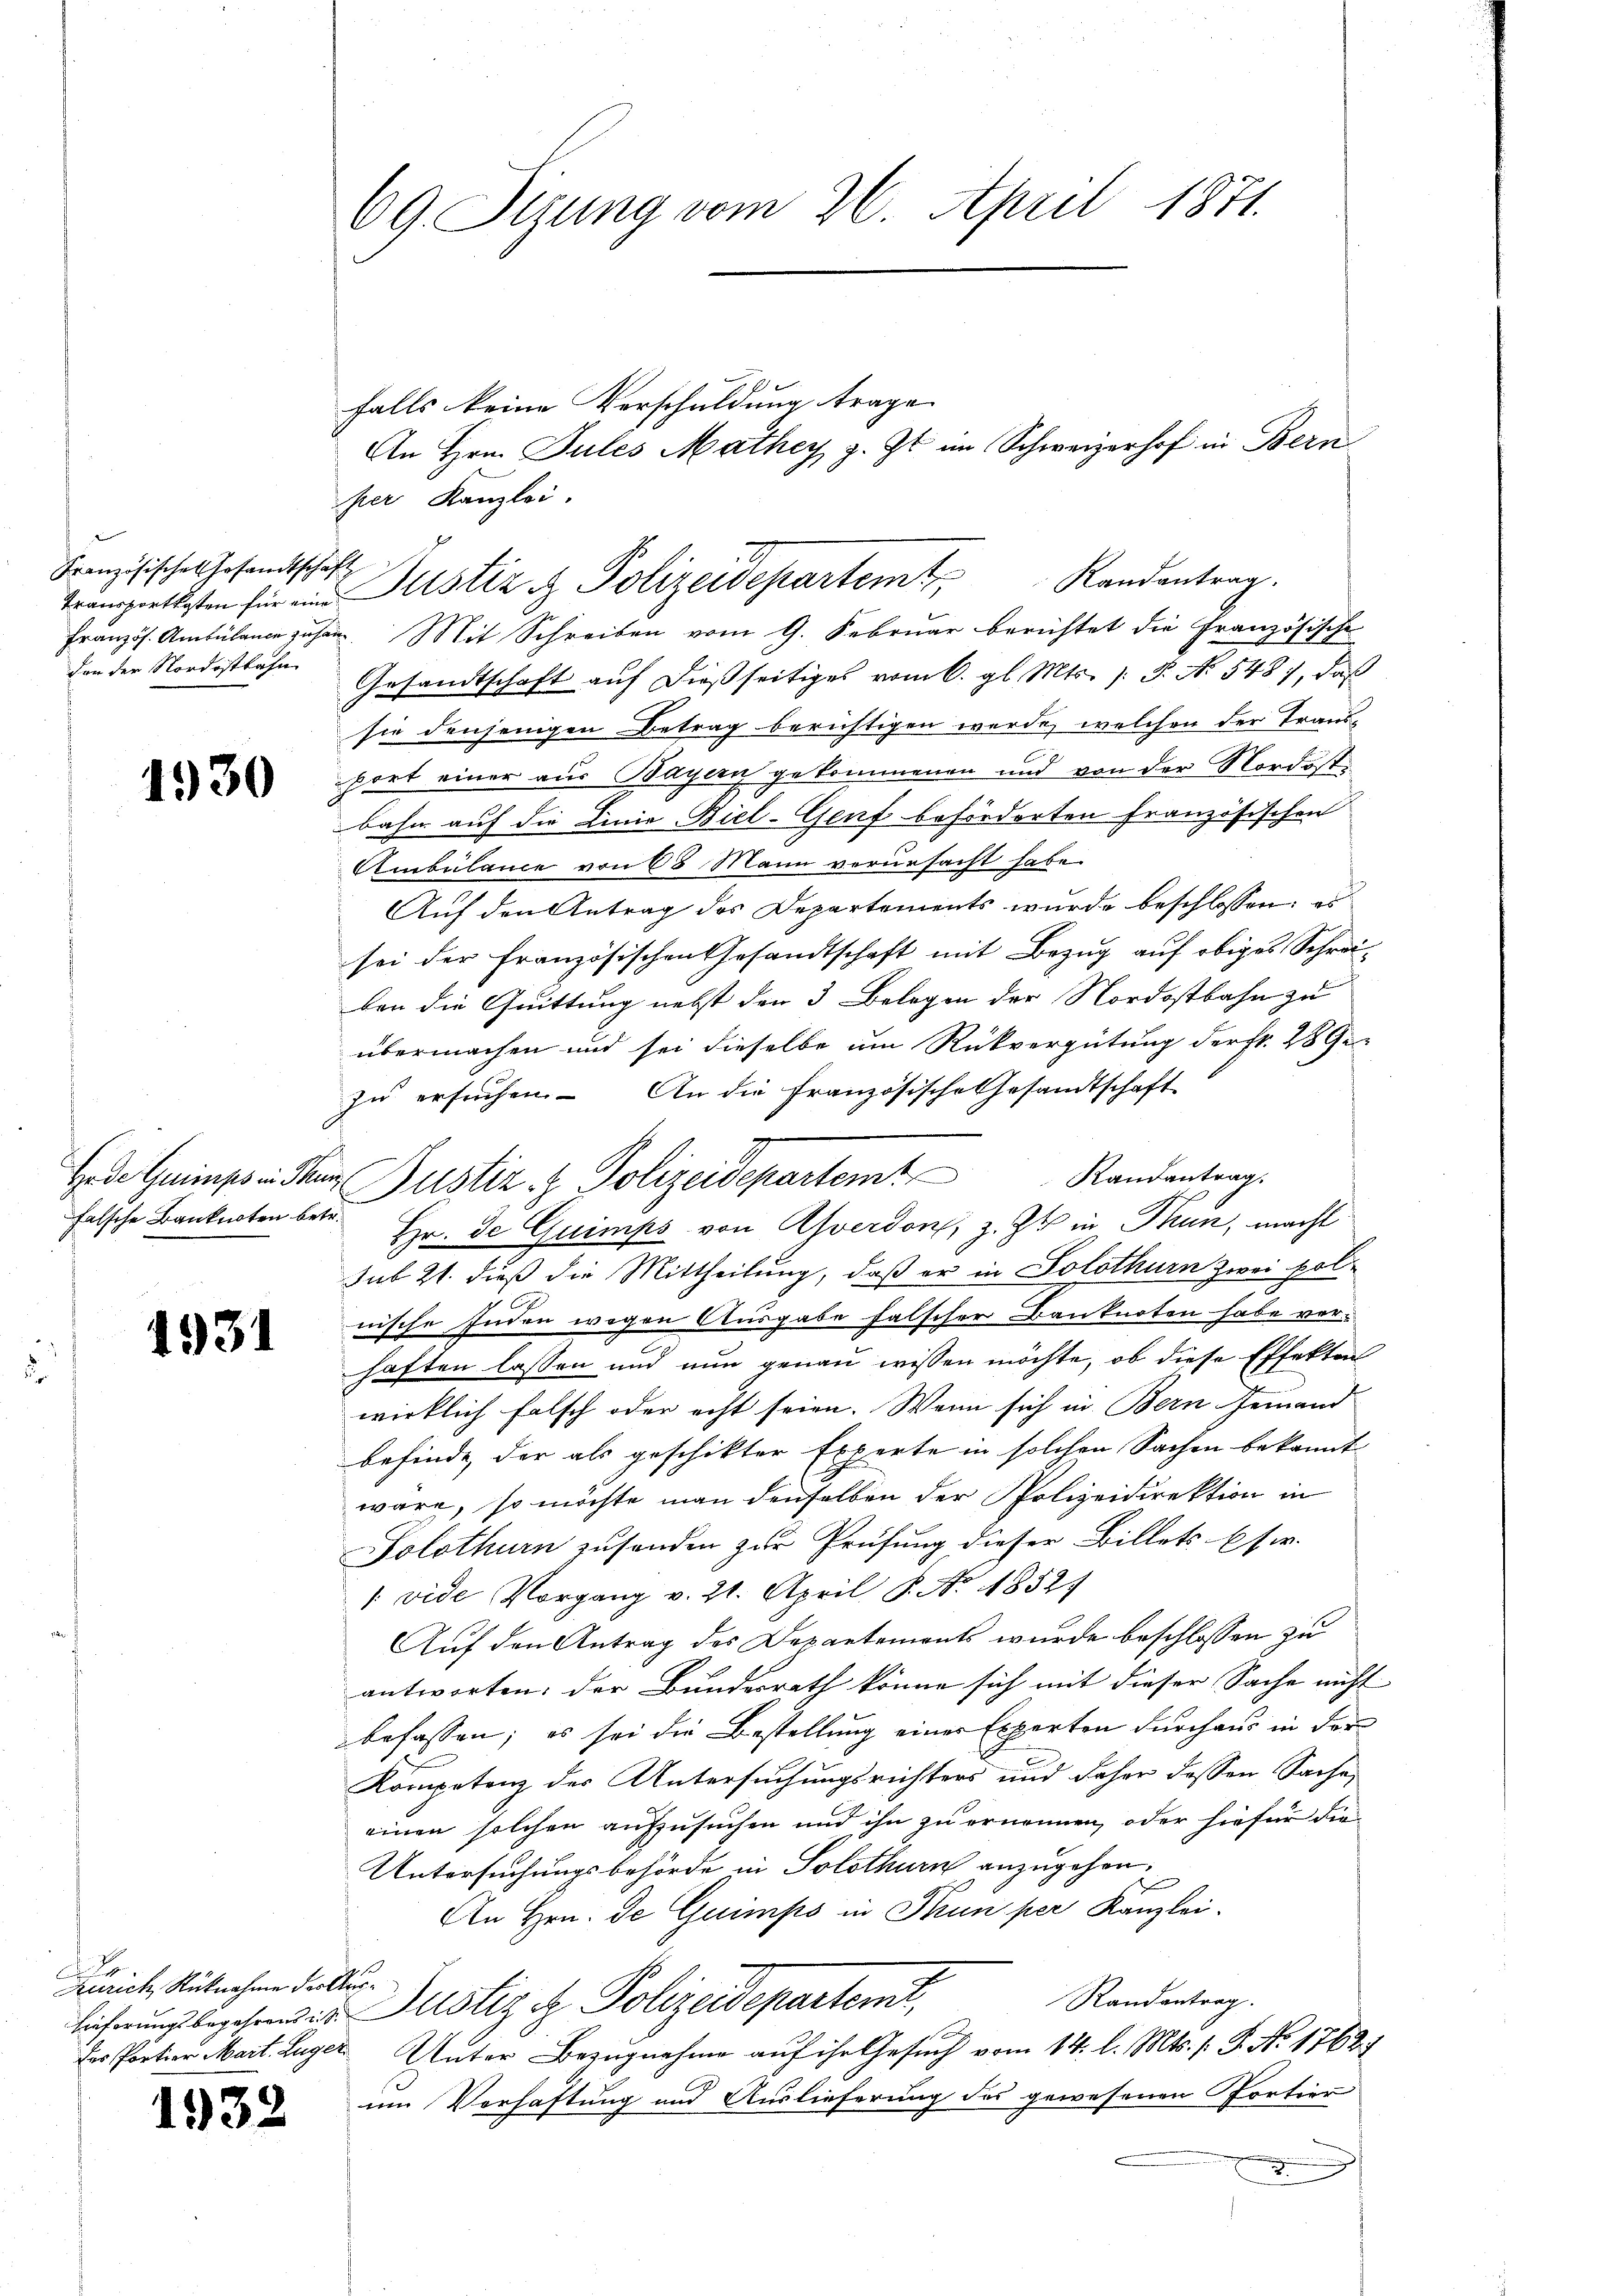
Französischen Gesandtschaft
den der Nordostbahn

1930

falsche Banknoten betr.

1931

Zürich Rücknahme der Aus¬

1932

Französ. Ambülance zu han. Mit Schreiben vom 9. Februar berichtet die Französische
Gesandtschaft auf dießseitiges vom 6. gl. Mts. (: P. N. 548), daß
sie denjenigen Betrag berichtigen wurde, welchen der Trans-
port einer aus Bayern gekommenen und von der Nordostbahn auf die Linie Biel-Genf beförderten französischen
Ambulance von 68 Mann verursacht habe.
Auf den Antrag des Departements wurde beschlossen: es
sei der Französischen Gesandtschaft mit Bezug auf obiges Schreiben die Quittung nebst den 3 Belegen der Nordostbahn zu
übermachen und sei dieselbe um Rückvergütung der Fr. 289
zu ersuchen. An die französische Gesandtschaft
Randantrag
Hr. De Quimps von Averdon, z. Zt. in Thun, macht
sub 21. dieß die Mittheilung, daß er in Solothurn zwei polnische Juden wegen Ausgabe falscher Banknoten habe verhaften lassen und nun genau wissen möchte, ob diese Effekten
wirklich falsch oder echt seien. Wenn sich in Bern Jemand
befinde, der als geschikter Experte in solchen Sachen bekannt
wäre, so möchte man denselben der Polizeidirektion in
Solothurn zusanden zur Prüfung dieser Billets usw.
/ vide Vorgang v. 21. April P. No. 1852
Auf den Antrag des Departements wurde beschlossen zu
antworten: der Bundesrath könne sich mit dieser Sache nicht
befassen; es sei die Bestellung einer Experten durchaus in der
Kompetenz des Untersuchungsrichters und daher dessen Sache,
einen solchen aufzusuchen und ihn zu ernennen, oder hiefür die
Untersuchungsbehörde in Solothurn anzugehen.
An Hrn. De Guimps in Thun per Kanzlei-
Randantrag.
licherungsbegehen der Justiz & Polizeidepartemit,
des Portion Mart. Luger Unter Bezugnahme auf ihr Gesuch vom 14. l. Mts. s. B. No 1762
im Verhaftung und Auslieferung des gewesenen Portier

69. Sizung vom 26. April 1871.

falls keine Verschuldung trage.
An Hrn. Jules Mathey, z. Zt. am Schweizerhof in Bern

per Kanzlei.
Transpretisten für im Justiz & Polizeidepartem Randantrag.

Hed. Geisse der Justiz- & Polizeidepartemt